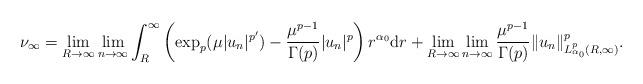
LaTeX: \begin{align*}\nu_\infty=\lim_{R\to\infty}\lim_{n\to\infty}\int_R^\infty\left(\exp_p(\mu|u_n|^{p'})-\dfrac{\mu^{p-1}}{\Gamma(p)}|u_n|^{p}\right)r^{\alpha_0}\mathrm dr+\lim_{R\to\infty}\lim_{n\to\infty}\dfrac{\mu^{p-1}}{\Gamma(p)}\|u_n\|^{p}_{L^{p}_{\alpha_0}(R,\infty)}.\end{align*}